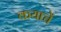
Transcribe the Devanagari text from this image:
कयाचें